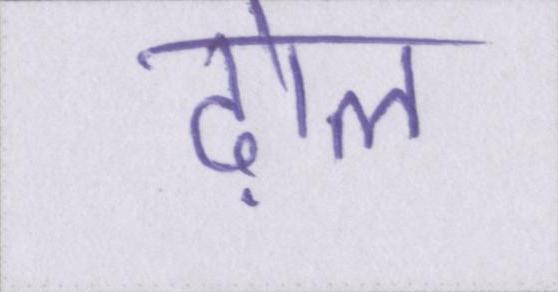
ढ़ोल